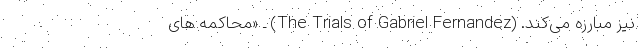
نیز مبارزه می‌کند. (The Trials of Gabriel Fernandez) ـ «محاکمه های